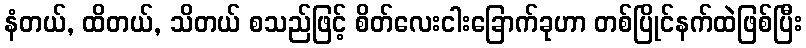
နံတယ်, ထိတယ်, သိတယ် စသည်ဖြင့် စိတ်လေးငါးခြောက်ခုဟာ တစ်ပြိုင်နက်ထဲဖြစ်ပြီး